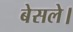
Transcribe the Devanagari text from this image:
बेसले।